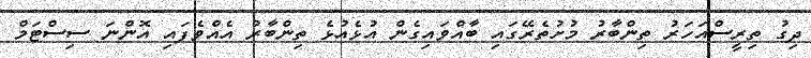
ދިގު ތިރީސްއަހަރު ތިންބާރު މުށުތެރޭގައި ބާއްވައިގެން އުޅެއުޅެ ތިންބާރު އެއްވެފައި އޮންނަ ސިސްޓަމް